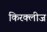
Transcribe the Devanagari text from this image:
किरक्लीज